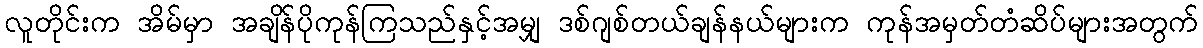
လူတိုင်းက အိမ်မှာ အချိန်ပိုကုန်ကြသည်နှင့်အမျှ ဒစ်ဂျစ်တယ်ချန်နယ်များက ကုန်အမှတ်တံဆိပ်များအတွက်